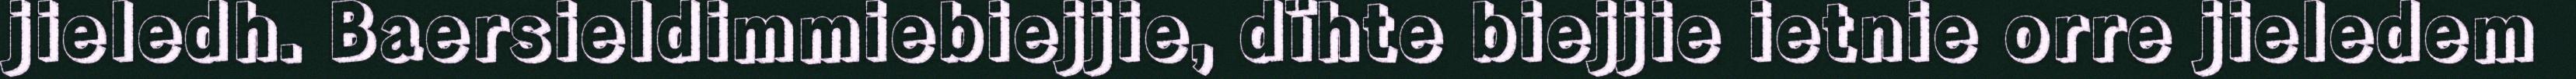
jieledh. Baersieldimmiebiejjie, dïhte biejjie ietnie orre jieledem